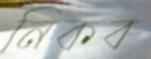
নিকব